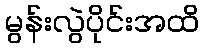
မွန်းလွဲပိုင်းအထိ